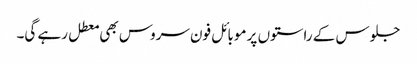
جلوس کے راستوں پر موبائل فون سروس بھی معطل رہے گی۔